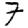
Digit: 7